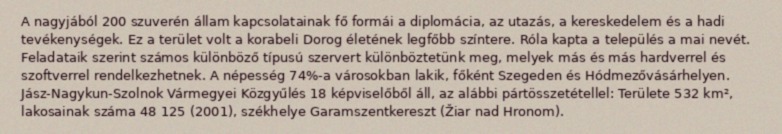
A nagyjából 200 szuverén állam kapcsolatainak fő formái a diplomácia, az utazás, a kereskedelem és a hadi tevékenységek. Ez a terület volt a korabeli Dorog életének legfőbb színtere. Róla kapta a település a mai nevét. Feladataik szerint számos különböző típusú szervert különböztetünk meg, melyek más és más hardverrel és szoftverrel rendelkezhetnek. A népesség 74%-a városokban lakik, főként Szegeden és Hódmezővásárhelyen. Jász-Nagykun-Szolnok Vármegyei Közgyűlés 18 képviselőből áll, az alábbi pártösszetétellel: Területe 532 km², lakosainak száma 48 125 (2001), székhelye Garamszentkereszt (Žiar nad Hronom).